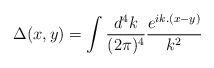
\begin{align*}\Delta(x,y) = \int\frac{d^4k}{(2\pi)^4}\frac{e^{ik.(x-y)}}{k^2}\end{align*}